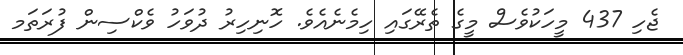
ޖެހި 437 މީހަކުވެސް މީގެ ތެރޭގައި ހިމެނެއެވެ. ހޮނިހިރު ދުވަހު ވެކްސިން ފުރަތަމ